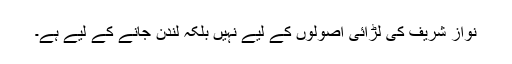
نواز شریف کی لڑائی اصولوں کے لیے نہیں بلکہ لندن جانے کے لیے ہے۔